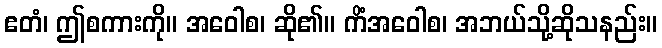
ဧတံ၊ ဤစကားကို။ အဝေါစ၊ ဆို၏။ ကိံအဝေါစ၊ အဘယ်သို့ဆိုသနည်း။